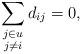
LaTeX: \begin{align*} \sum_{\substack{j\in u\\ j\ne i}} d_{ij} = 0, \end{align*}